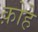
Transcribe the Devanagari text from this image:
क़ोहे